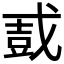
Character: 𫻿